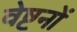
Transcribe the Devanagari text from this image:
वेष्टनों